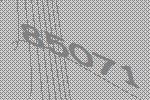
85071